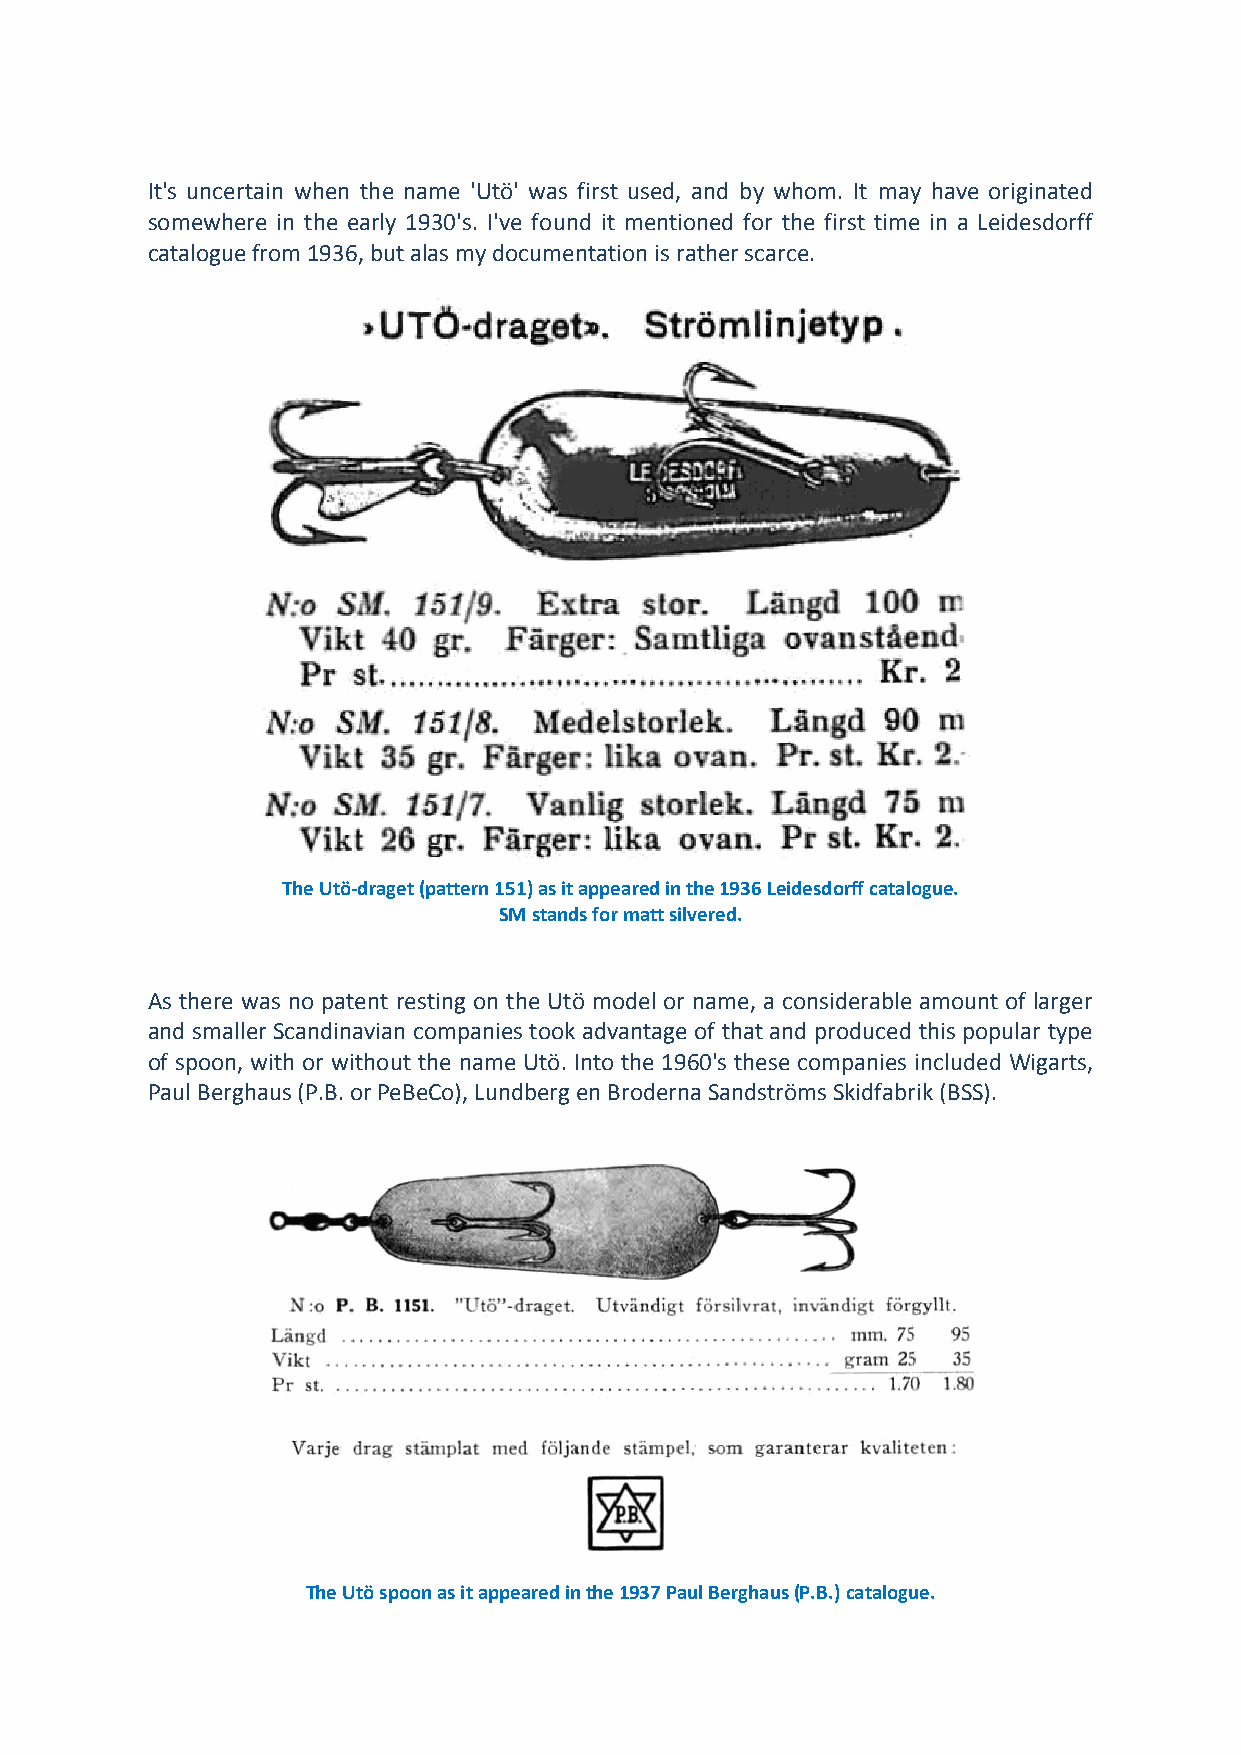
It's uncertain when the name 'Utö' was first used, and by whom. It may have originated
 somewhere in the early 1930's. I've found it mentioned for the first time in a Leidesdorff
 catalogue from 1936, but alas my documentation is rather scarce.
 The Utö-draget (pattern 151) as it appeared in the 1936 Leidesdorff catalogue.
 SM stands for matt silvered.
 As there was no patent resting on the Utö model or name, a considerable amount of larger
 and smaller Scandinavian companies took advantage of that and produced this popular type
 of spoon, with or without the name Utö. Into the 1960's these companies included Wigarts,
 Paul Berghaus (P.B. or PeBeCo), Lundberg en Broderna Sandströms Skidfabrik (BSS).
 The Utö spoon as it appeared in the 1937 Paul Berghaus (P.B.) catalogue.